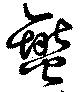
燮